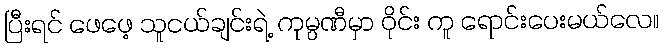
ပြီးရင် ဖေဖေ့ သူငယ်ချင်းရဲ့ ကုမ္ပဏီမှာ ဝိုင်း ကူ ရောင်းပေးမယ်လေ။